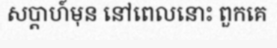
សប្តាហ៍មុន នៅពេលនោះ ពួកគេ